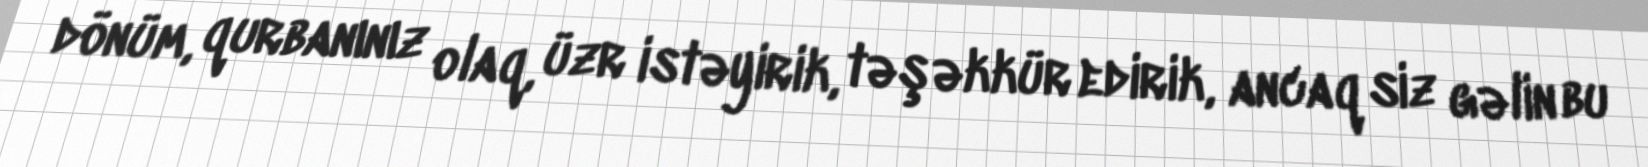
dönüm, qurbanınız olaq, üzr istəyirik, təşəkkür edirik, ancaq siz gəlin bu